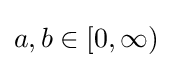
a,b\in [0,\infty )